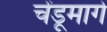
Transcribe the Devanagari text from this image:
चेंडूमागे